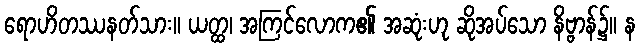
ရောဟိတဿနတ်သား။ ယတ္ထ၊ အကြင်လောက၏ အဆုံးဟု ဆိုအပ်သော နိဗ္ဗာန်၌။ န